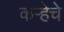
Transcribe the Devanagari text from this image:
कऱ्हेचे